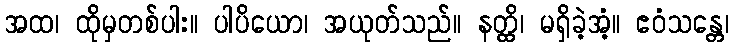
အထ၊ ထိုမှတစ်ပါး။ ပါပိယော၊ အယုတ်သည်။ နတ္ထိ၊ မရှိခဲ့အံ့။ ဧဝံသန္တေ၊